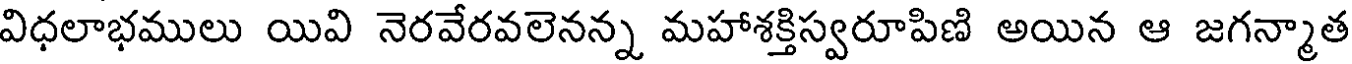
విధలాభములు యివి నెరవేరవలెనన్న మహాశక్తిస్వరూపిణి అయిన ఆ జగన్మాత